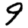
Digit: 9